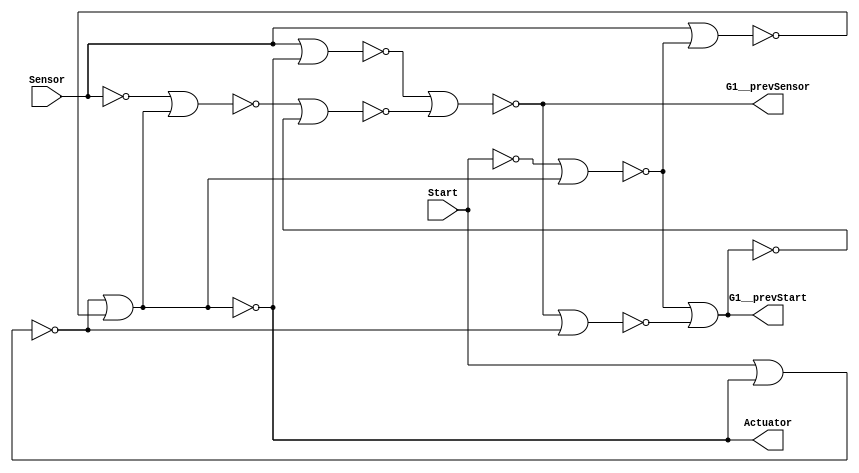
module Start_Sensor_Actuator_G1__prevStart_G1__prevSensor_net(Start, Sensor, Actuator, G1__prevStart, G1__prevSensor);
  wire _00_;
  wire _01_;
  wire _02_;
  wire _03_;
  wire _04_;
  wire _05_;
  wire _06_;
  wire _07_;
  wire _08_;
  wire _09_;
  wire _10_;
  (* src = "/Users/tramyn/Documents/workspaces/cello_workspace/yosysRun/gc.v:8" *)
  output Actuator;
  (* src = "/Users/tramyn/Documents/workspaces/cello_workspace/yosysRun/gc.v:10" *)
  output G1__prevSensor;
  (* src = "/Users/tramyn/Documents/workspaces/cello_workspace/yosysRun/gc.v:9" *)
  output G1__prevStart;
  (* src = "/Users/tramyn/Documents/workspaces/cello_workspace/yosysRun/gc.v:7" *)
  input Sensor;
  (* src = "/Users/tramyn/Documents/workspaces/cello_workspace/yosysRun/gc.v:6" *)
  input Start;
  assign _09_ = ~Start;
  assign _10_ = ~Sensor;
  assign _00_ = ~Actuator;
  assign _01_ = ~(Sensor | Actuator);
  assign _02_ = ~(_10_ | _00_);
  assign _03_ = ~(Start | Actuator);
  assign _04_ = ~(_09_ | _00_);
  assign _05_ = ~(G1__prevSensor | _03_);
  assign _06_ = ~(_04_ | _05_);
  assign G1__prevStart = ~_06_;
  assign _07_ = ~(_02_ | _06_);
  assign G1__prevSensor = ~(_01_ | _07_);
  assign _08_ = ~(Sensor | _04_);
  assign Actuator = ~(_03_ | _08_);
endmodule